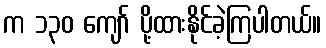
က ၁၃၀ ကျော် ပို့ထားနိုင်ခဲ့ကြပါတယ်။